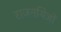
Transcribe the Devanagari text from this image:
राजनयिज्ञों